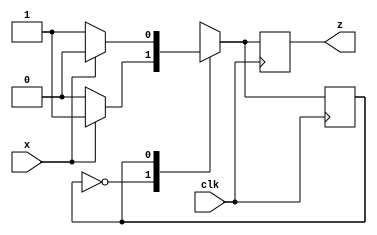
`timescale 1ns / 1ps

module even_odd_parity(x, clk, z);
    input x, clk;
    output reg z;
    reg even_odd; //the FSM state
    parameter EVEN = 0, ODD = 1;

    always@(posedge clk) begin
        case(even_odd)
            EVEN:
            begin
                z <= x?1:0;
                even_odd <= x?ODD:EVEN;
            end
            ODD:
            begin
                z <= x?0:1;
                even_odd <= x?EVEN:ODD;
            end
            default: even_odd <= EVEN; //assume for reset it is EVEN state
        endcase
    end
endmodule